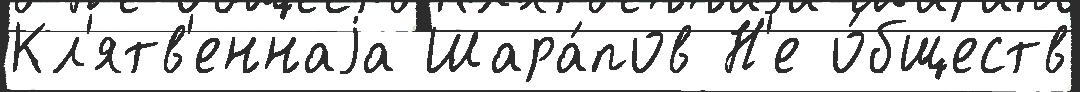
Кл'ятв'еннаjа Шара́пов Н'е о́бществ